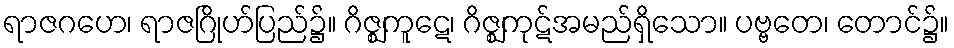
ရာဇဂဟေ၊ ရာဇဂြိုဟ်ပြည်၌။ ဂိဇ္ဈကူဋေ၊ ဂိဇ္ဈကုဋ်အမည်ရှိသော။ ပဗ္ဗတေ၊ တောင်၌။